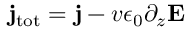
{ \bf j } _ { \mathrm { t o t } } = { \bf j } - v \epsilon _ { 0 } \partial _ { z } { \bf E }